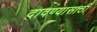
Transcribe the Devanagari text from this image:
दावण्यासाठी